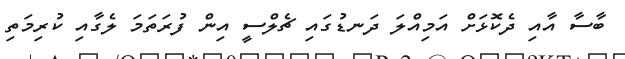
ބާސާ އާއި ދެކޮޅަށް އަމިއްލަ ދަނޑުގައި ޗެލްސީ އިން ފުރަތަމަ ލެގާއި ކުރިމަތި